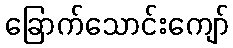
ခြောက်သောင်းကျော်